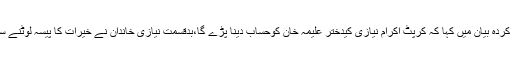
انہوں نے اپنے جاری کردہ بیان میں کہا کہ کرپٹ اکرام نیازی کیدختر علیمہ خان کوحساب دینا پڑے گا،بدقسمت نیازی خاندان نے خیرات کا پیسہ لوٹنے سے بھی دریغ نہیں کیا۔